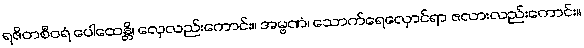
ရဇိတစီဝရံ ပေါထေန္တိ၊ လှေလည်းကောင်း။ အမ္ဗဏံ၊ သောက်ရေလှောင်ရာ ဇလားလည်းကောင်း။